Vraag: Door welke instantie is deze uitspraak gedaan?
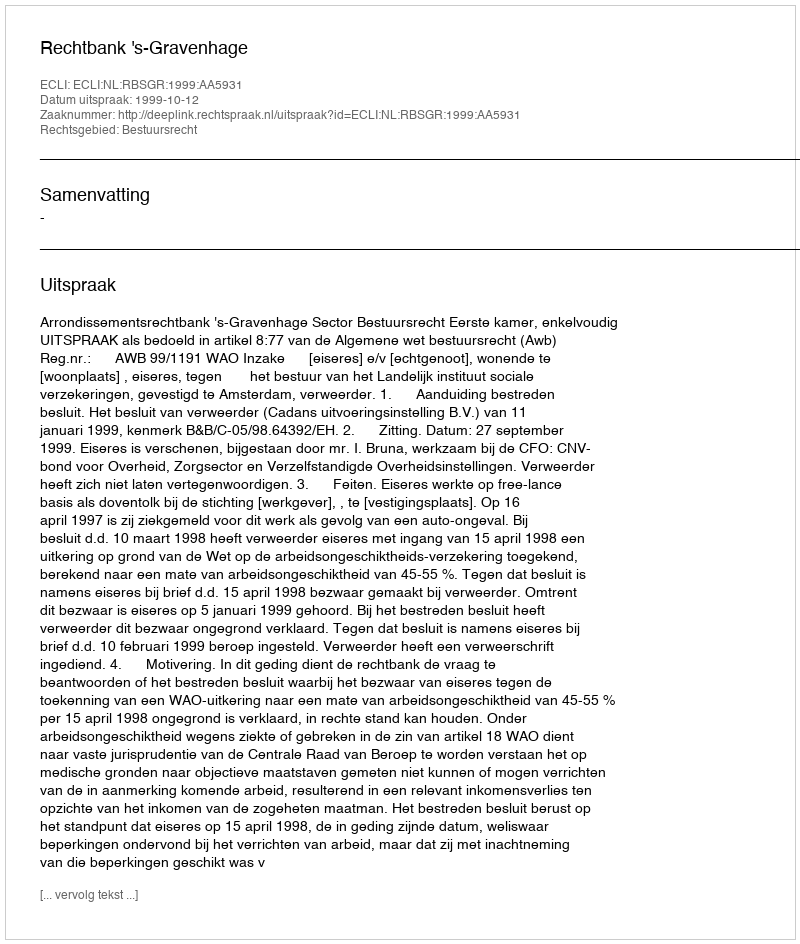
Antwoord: Rechtbank 's-Gravenhage